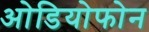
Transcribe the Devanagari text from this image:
ओडियोफोन